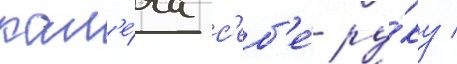
кал'е́ча с'еб'е́ ру́ку /